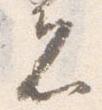
者